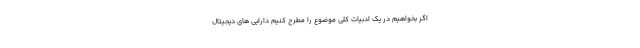
اگر بخواهیم در یک ادبیات کلی موضوع را مطرح کنیم دارایی های دیجیتال